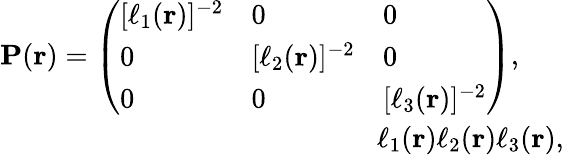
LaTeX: \begin{array}{r}{\mathbf{P}(\mathbf{r})=\left(\begin{array}{lll}{[\ell_{1}(\mathbf{r})]^{-2}}&{0}&{0}\\ {0}&{[\ell_{2}(\mathbf{r})]^{-2}}&{0}\\ {0}&{0}&{[\ell_{3}(\mathbf{r})]^{-2}}\end{array}\right),\quad\quad}\\ {\ell_{1}(\mathbf{r})\le\ell_{2}(\mathbf{r})\le\ell_{3}(\mathbf{r}),~}\end{array}